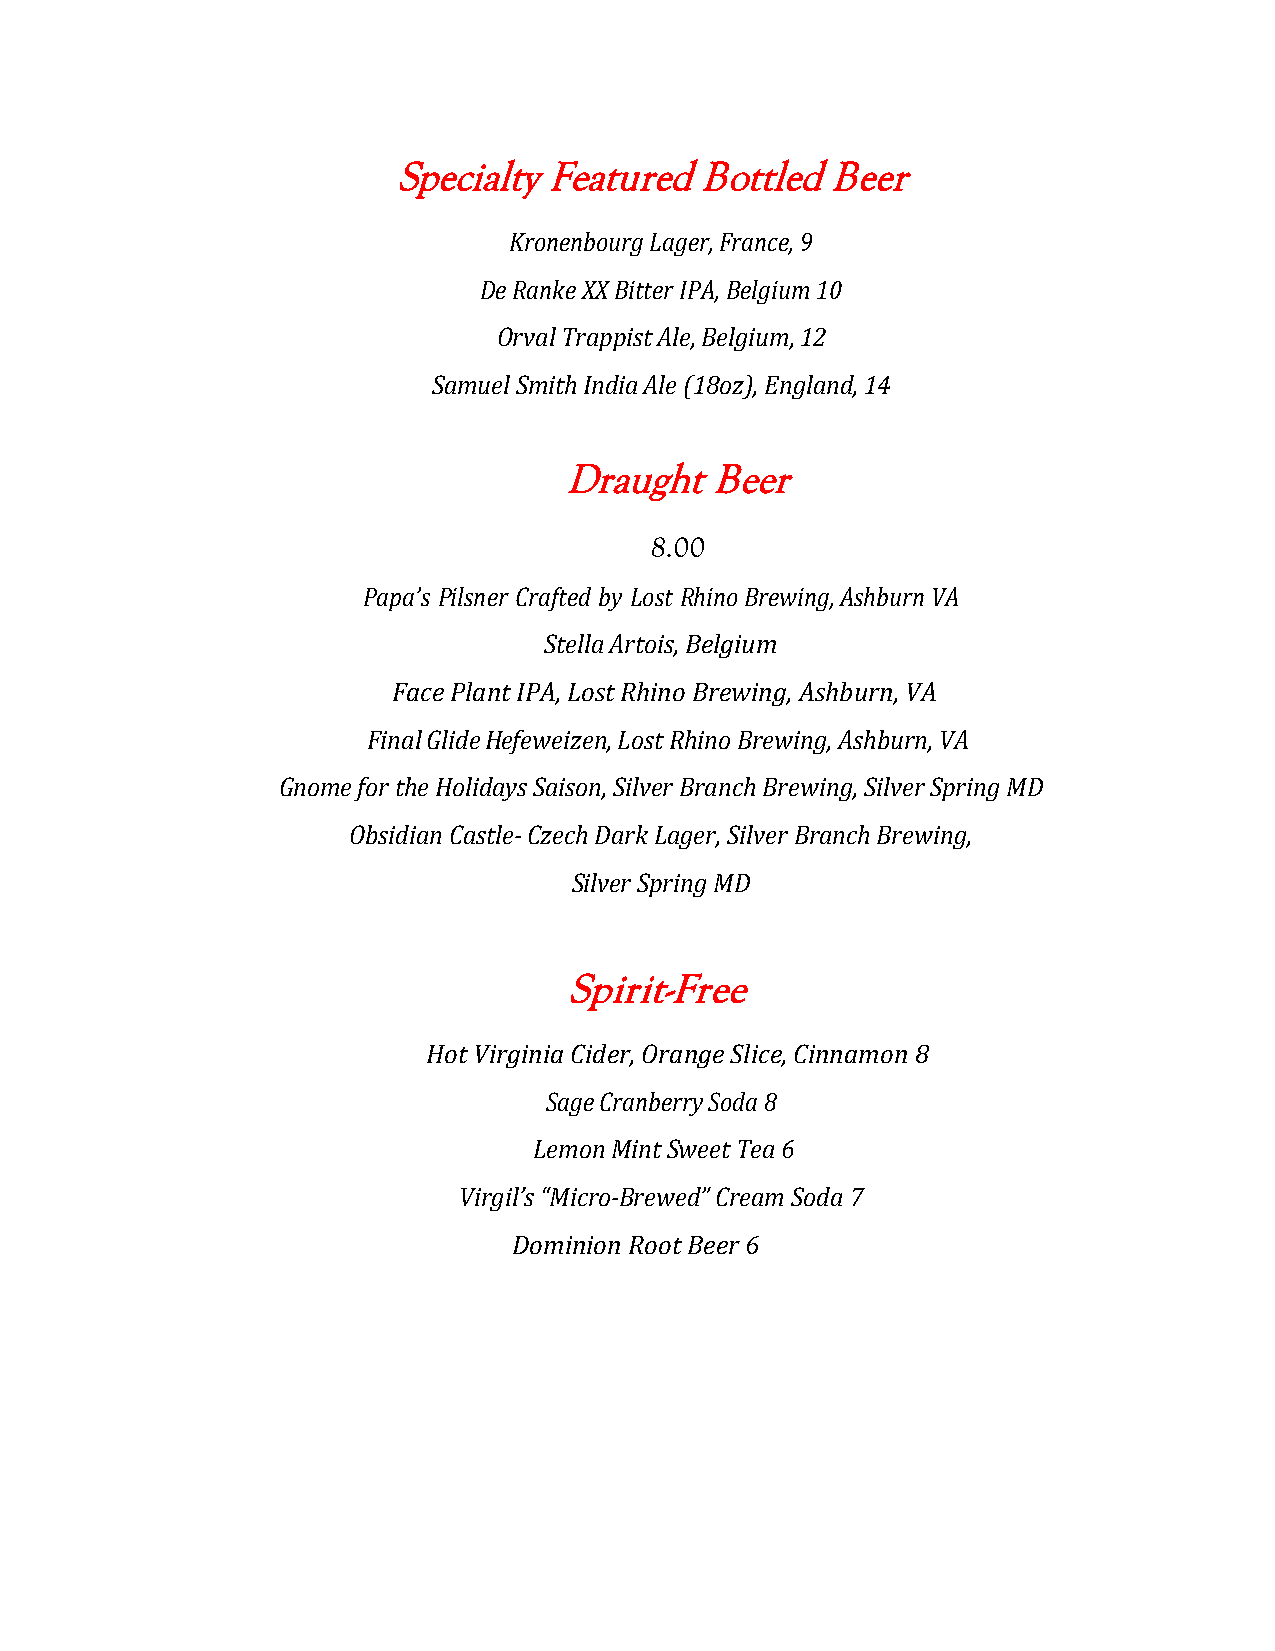
Specialty Featured  Bottled  Beer
 Kronenbourg Lager, France, 9
 De Ranke XX Bitter IPA, Belgium 10
 Orval Trappist Ale, Belgium, 12
 Samuel Smith India Ale (18oz), England, 14
 Draught   Beer
 8.00
 Papa’s Pilsner Crafted by Lost Rhino Brewing, Ashburn VA
 Stella Artois, Belgium
 Face Plant IPA, Lost Rhino Brewing, Ashburn, VA
 Final Glide Hefeweizen, Lost Rhino Brewing, Ashburn, VA
 Gnome for the Holidays Saison, Silver Branch Brewing, Silver Spring MD
 Obsidian Castle- Czech Dark Lager, Silver Branch Brewing,
 Silver Spring MD
 Spirit-Free
 Hot Virginia Cider, Orange Slice, Cinnamon 8
 Sage Cranberry Soda 8
 Lemon Mint Sweet Tea 6
 Virgil’s “Micro-Brewed” Cream Soda 7
 Dominion Root Beer 6